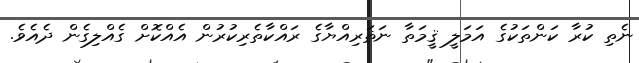
ނެތި ކުރާ ކަންތަކުގެ އަމަލީ ޤީމަތާ ނަޡަރިއްޔާގެ ރައްކާތެރިކުރުން އެއްކޮށް ގެއްލިގެން ދެއެވެ.